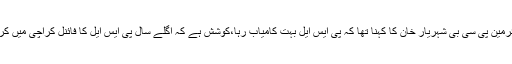
چیئرمین پی سی بی شہریار خان کا کہنا تھا کہ پی ایس ایل بہت کامیاب رہا،کوشش ہے کہ اگلے سال پی ایس ایل کا فائنل کراچی میں کریں۔